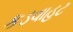
કડવાહટ